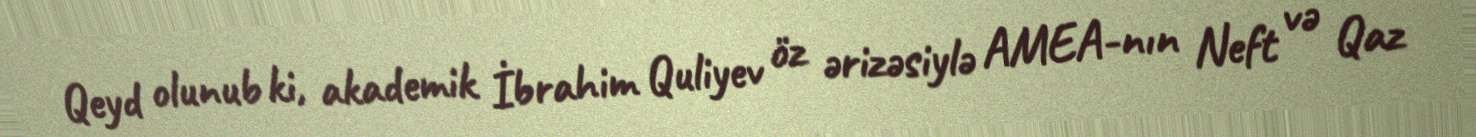
Qeyd olunub ki, akademik İbrahim Quliyev öz ərizəsiylə AMEA-nın Neft və Qaz